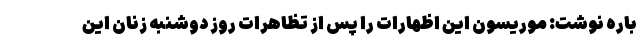
باره نوشت: موریسون این اظهارات را پس از تظاهرات روز دوشنبه زنان این